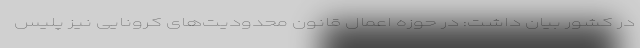
در کشور بیان داشت: در حوزه اعمال قانون محدودیت‌های کرونایی نیز پلیس